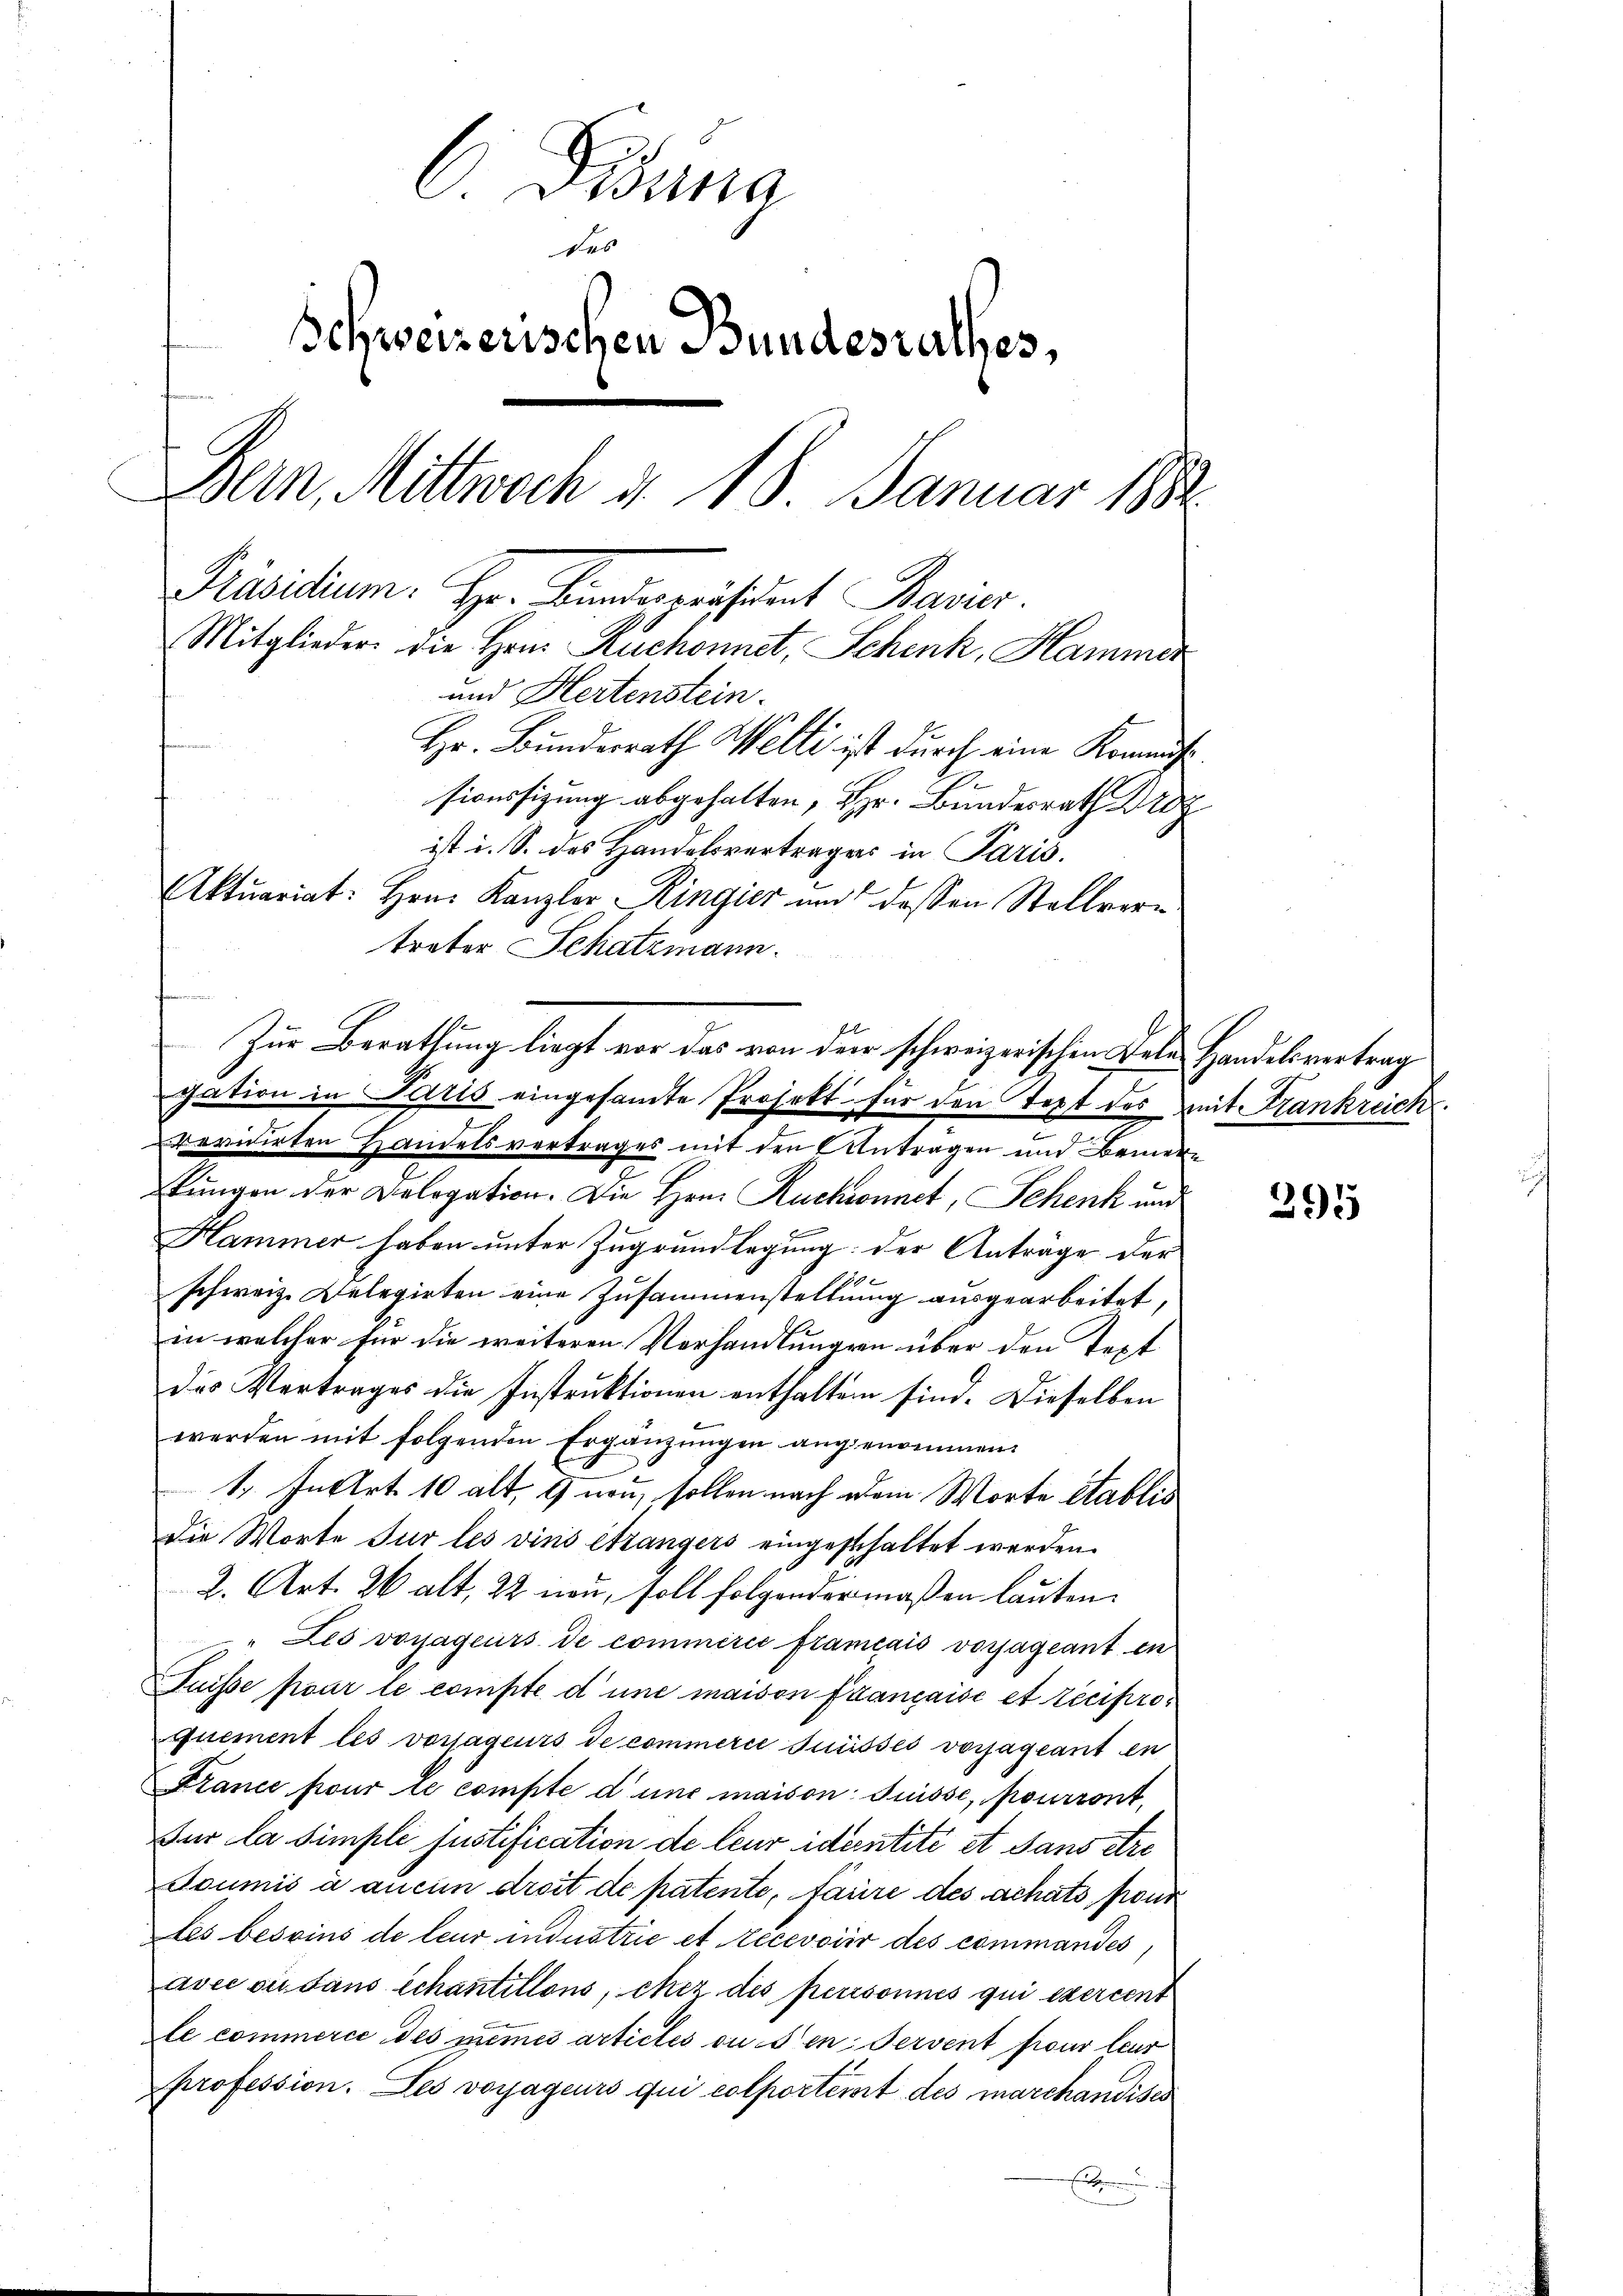
C Pisena
des
Schweizerischen Bundesrathes,
Bern, Mittwoch d. 18. Januar 188
Präsidium. Hr. Bundepräsident Bavier.
Mitglieder die Hrn. Ruchonnet, Schenk, Hammer
und Hertenstein.
Hr. Bundesrath Welti ist durch eine Kommißisionssizung abgehalten, Hr. Bundesrath Br
ist i. S. des Handelsvertrages in Paris.
Aktuariat: Hrn. Kanzler Ringier und dessen Stellver¬

revidirten Handelsvertrages mit den Antragen und Bemer¬
Lungen der Dologation. Die Hrn. Rucksonnet, Schenk und
Hammer haben unter Zugrundlegung der Anträge der
schweiz. Delegirten eine Zusammenstellung ausgearbeitet,
in welcher für die weiteren Vorhandlungen über den Text
des Vertrages die Instruktionen enthalten sind. Dieselben
werden mit folgenden Ergänzungen angenommen.
1. Instrt 10 alt, 2 neu, sollen nach dem Worte Etablis
Die Worte Jur les vins étrangers eingesthaltet werden.
2. Art. 26 alt, 22 neu, soll folgendermaßen lauten.
" Les vorjageurs de commerie framcais vorjageant en
Fuisse pour le compte d’une maison française et reciproquement les vorjageurs de commerce snüsses vorjageant en
France four ce compte d’une maison Suisse, pourront,
Fur la simple justification de leur identité et sans être
Soumis à aucun dreit de patente, faire des achats, pour
les besoins de leur industrie et recevoir des commandes,
avec ou dans schantillons, chez des personnes qui exercent
le commerce des mêmes articles du den Servent four leur
profession. Les voyageurs qui colporteit des marchandises

treter Schatzmann.
Zur Berathung liegt vor das von der schweizerischen Dele Handelsvertrag
gation in Paris eingesamte Projekt für den Text des mit Frankreich

d

3915